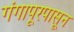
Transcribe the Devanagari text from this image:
गंगापूरपासून